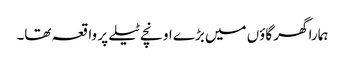
ہمارا گھر گاؤں میں بڑے اونچے ٹیلے پر واقعہ تھا۔